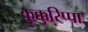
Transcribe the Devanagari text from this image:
कुक्कुरिप्पा